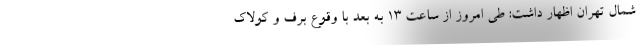
شمال تهران اظهار داشت: طی امروز از ساعت ۱۳ به بعد با وقوع برف و کولاک